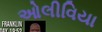
ઓલીવિયા